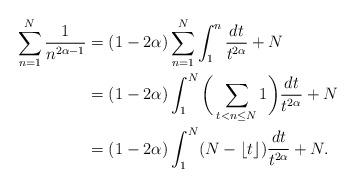
LaTeX: \begin{align*}\sum_{n=1}^N \frac{1}{n^{2\alpha-1}}&=(1-2\alpha)\sum_{n=1}^N\int_1^n\frac{dt}{t^{2\alpha}}+N\\&=(1-2\alpha)\int_1^N\bigg(\sum_{t<n\le N}1\bigg)\frac{dt}{t^{2\alpha}}+N\\&=(1-2\alpha)\int_1^N (N-\lfloor t\rfloor)\frac{dt}{t^{2\alpha}}+N.\end{align*}